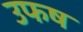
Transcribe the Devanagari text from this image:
उफष